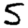
Digit: 5